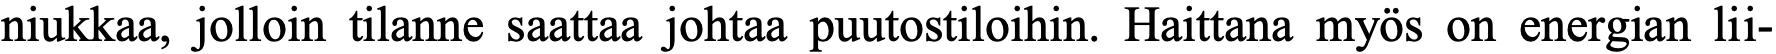
niukkaa, jolloin tilanne saattaa johtaa puutostiloihin. Haittana myös on energian lii-